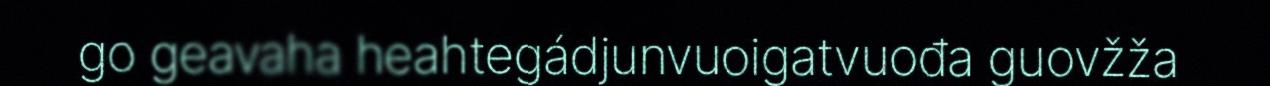
go geavaha heahtegádjunvuoigatvuođa guovžža